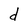
Character: d